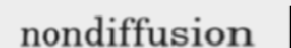
nondiffusion